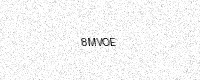
Text: 8MVOE